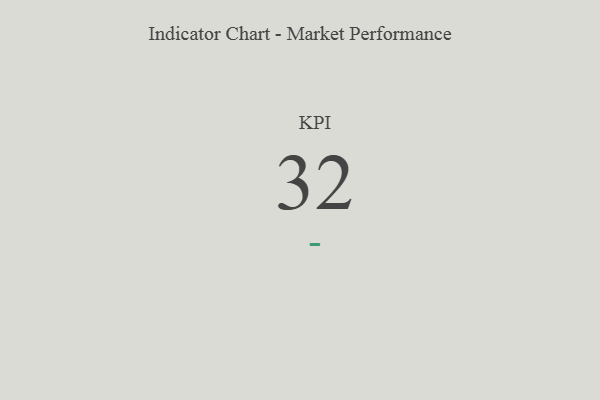
{"axis": {"x": "KPI", "y": "Value"}, "legend": [""], "data": [{"x": "KPI", "y": 32, "type": ""}]}